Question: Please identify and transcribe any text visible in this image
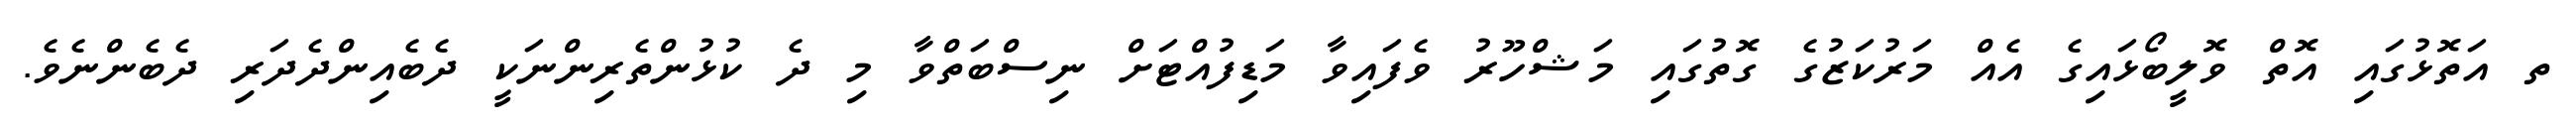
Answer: ތ އަތޮޅުގައި އޮތް ވޮލީބޯޅައިގެ އެއް މަރުކަޒުގެ ގޮތުގައި މަޝްހޫރު ވެފައިވާ މަޑިފުއްޓަށް ނިސްބަތްވާ މި ދެ ކުޅުންތެރިންނަކީ ދެބެއިންދެދަރި ދެބެންނެވެ.